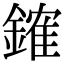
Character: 䥃